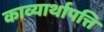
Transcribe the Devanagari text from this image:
काव्यार्थापत्ति